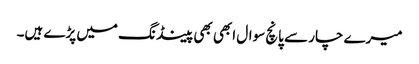
میرے چار سے پانچ سوال ابھی بھی پینڈ نگ میں پڑے ہیں۔